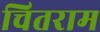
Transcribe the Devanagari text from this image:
चितराम